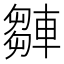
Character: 𨎆